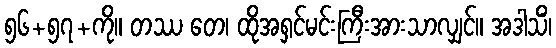
၅၆+၅၇+ကို။ တဿ တေ၊ ထိုအရှင်မင်းကြီးအားသာလျှင်။ အဒါသိံ၊